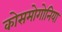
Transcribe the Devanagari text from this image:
कोसमोगोनिया